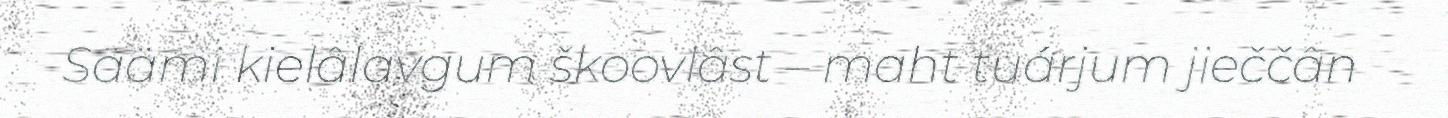
Säämi kielâlavgum škoovlâst – maht tuárjum jieččân